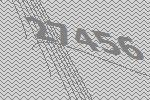
27456